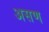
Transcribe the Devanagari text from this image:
असण